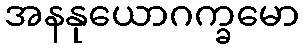
အနနုယောဂက္ခမော